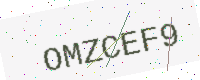
Text: OMZCEF9